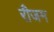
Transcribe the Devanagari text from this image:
रीजम